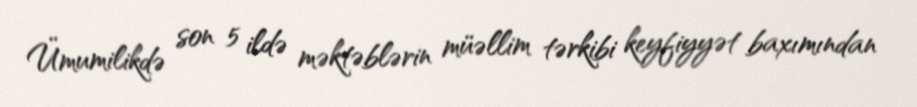
Ümumilikdə son 5 ildə məktəblərin müəllim tərkibi keyfiyyət baxımından